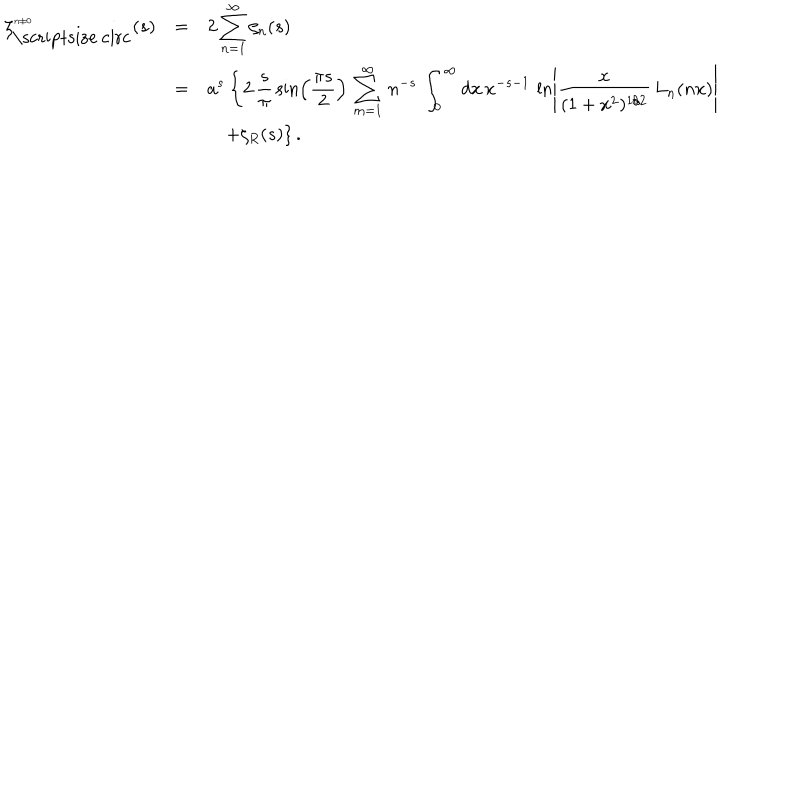
\begin{array} { r c l } { { \displaystyle \zeta _ { \mathrm { \scriptsize ~ c i r c } } ^ { { \scriptsize n \neq 0 } } ( s ) } } & { { = } } & { { \displaystyle 2 \sum _ { n = 1 } ^ { \infty } \zeta _ { n } ( s ) } } \\ { { } } & { { = } } & { { \displaystyle a ^ { s } \left\{ 2 \, { \frac { s } { \pi } } \sin \left( \frac { \pi s } { 2 } \right) \, \sum _ { m = 1 } ^ { \infty } \, n ^ { - s } \, \int _ { 0 } ^ { \infty } d x \, x ^ { - s - 1 } \, \ln \left\vert { \frac { x } { ( 1 + x ^ { 2 } ) ^ { 1 / 2 } } } \, L _ { n } ( n x ) \right\vert \right. } } \\ { { } } & { { } } & { { \displaystyle \hspace { 1 e m } \left. + \zeta _ { R } ( s ) \right\} . } } \\ \end{array}